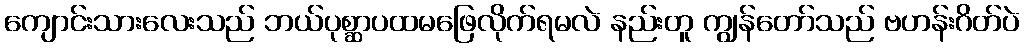
ကျောင်းသားလေးသည် ဘယ်ပုစ္ဆာပထမဖြေလိုက်ရမလဲ နည်းတူ ကျွန်တော်သည် ဗဟန်းဂိတ်ပဲ